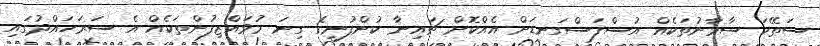
ސަތޭކަ ސާމާނުތަކެއް އުސްފަސްގަނޑަށް އެއްކޮށް ޗައިނާ ކުންފުނީގެ ގިނަ މުވައްޒިފުންތަކެއް އެ ސަރަހައްދުގައި